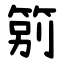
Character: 䇷